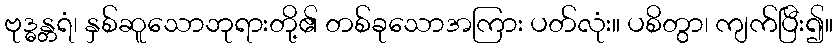
ဗုဒ္ဓန္တရံ၊ နှစ်ဆူသောဘုရားတို့၏ တစ်ခုသောအကြား ပတ်လုံး။ ပစိတွာ၊ ကျက်ပြီး၍။